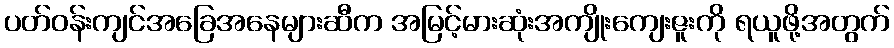
ပတ်ဝန်းကျင်အခြေအနေများဆီက အမြင့်မားဆုံးအကျိုးကျေးဇူးကို ရယူဖို့အတွက်